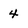
Character: 4